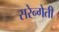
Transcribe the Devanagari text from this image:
सरेन्गेती